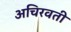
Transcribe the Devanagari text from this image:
अचिरवती